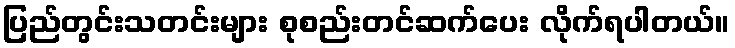
ပြည်တွင်းသတင်းများ စုစည်းတင်ဆက်ပေး လိုက်ရပါတယ်။